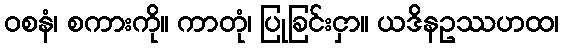
ဝစနံ၊ စကားကို။ ကာတုံ၊ ပြုခြင်းငှာ။ ယဒိနဥဿဟထ၊